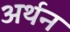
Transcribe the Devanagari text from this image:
अर्थन